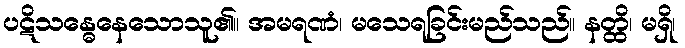
ပဋိသန္ဓေနေသောသူ၏။ အမရဏံ၊ မသေရခြင်းမည်သည်။ နတ္ထိ၊ မရှိ၊